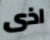
اذى